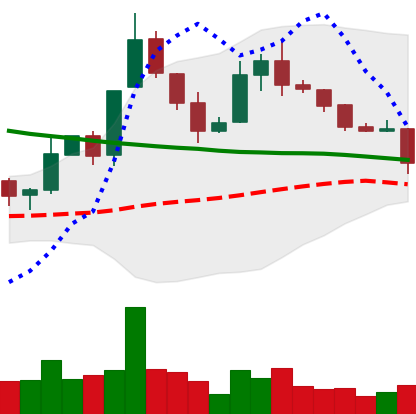
Ticker: XLM-USD
Chart end date: 2019-11-18
Forward return: -11.625%
Label: down_7plus